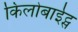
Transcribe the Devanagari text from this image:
किलोबाईट्स